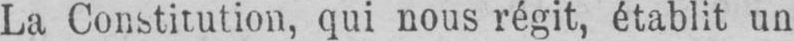
La Constitution, qui nous régit, établit un